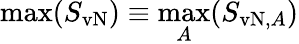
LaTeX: \operatorname*{max}(S_{\mathrm{vN}})\equiv\operatorname*{max}_{A}(S_{\mathrm{vN},A})